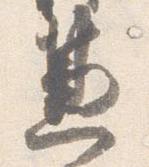
兼